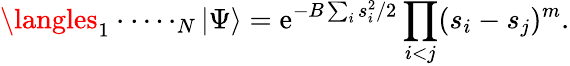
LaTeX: \langles_{1}\cdot\cdot\cdots_{N}|\Psi\rangle=\mathrm{e}^{-B\sum_{i}s_{i}^{2}/2}\prod_{i<j}(s_{i}-s_{j})^{m}.